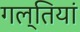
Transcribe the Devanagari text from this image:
गल्तियां